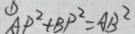
\textcircled { 1 } A P ^ { 2 } + B P ^ { 2 } = A B ^ { 2 }